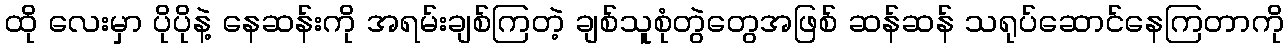
ထို လေးမှာ ပိုပိုနဲ့ နေဆန်းကို အရမ်းချစ်ကြတဲ့ ချစ်သူစုံတွဲတွေအဖြစ် ဆန်ဆန် သရုပ်ဆောင်နေကြတာကို